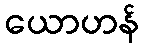
ယောဟန်